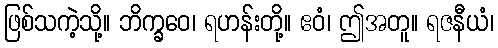
ဖြစ်သကဲ့သို့။ ဘိက္ခဝေ၊ ရဟန်းတို့။ ဧဝံ၊ ဤအတူ။ ရဇနီယံ၊